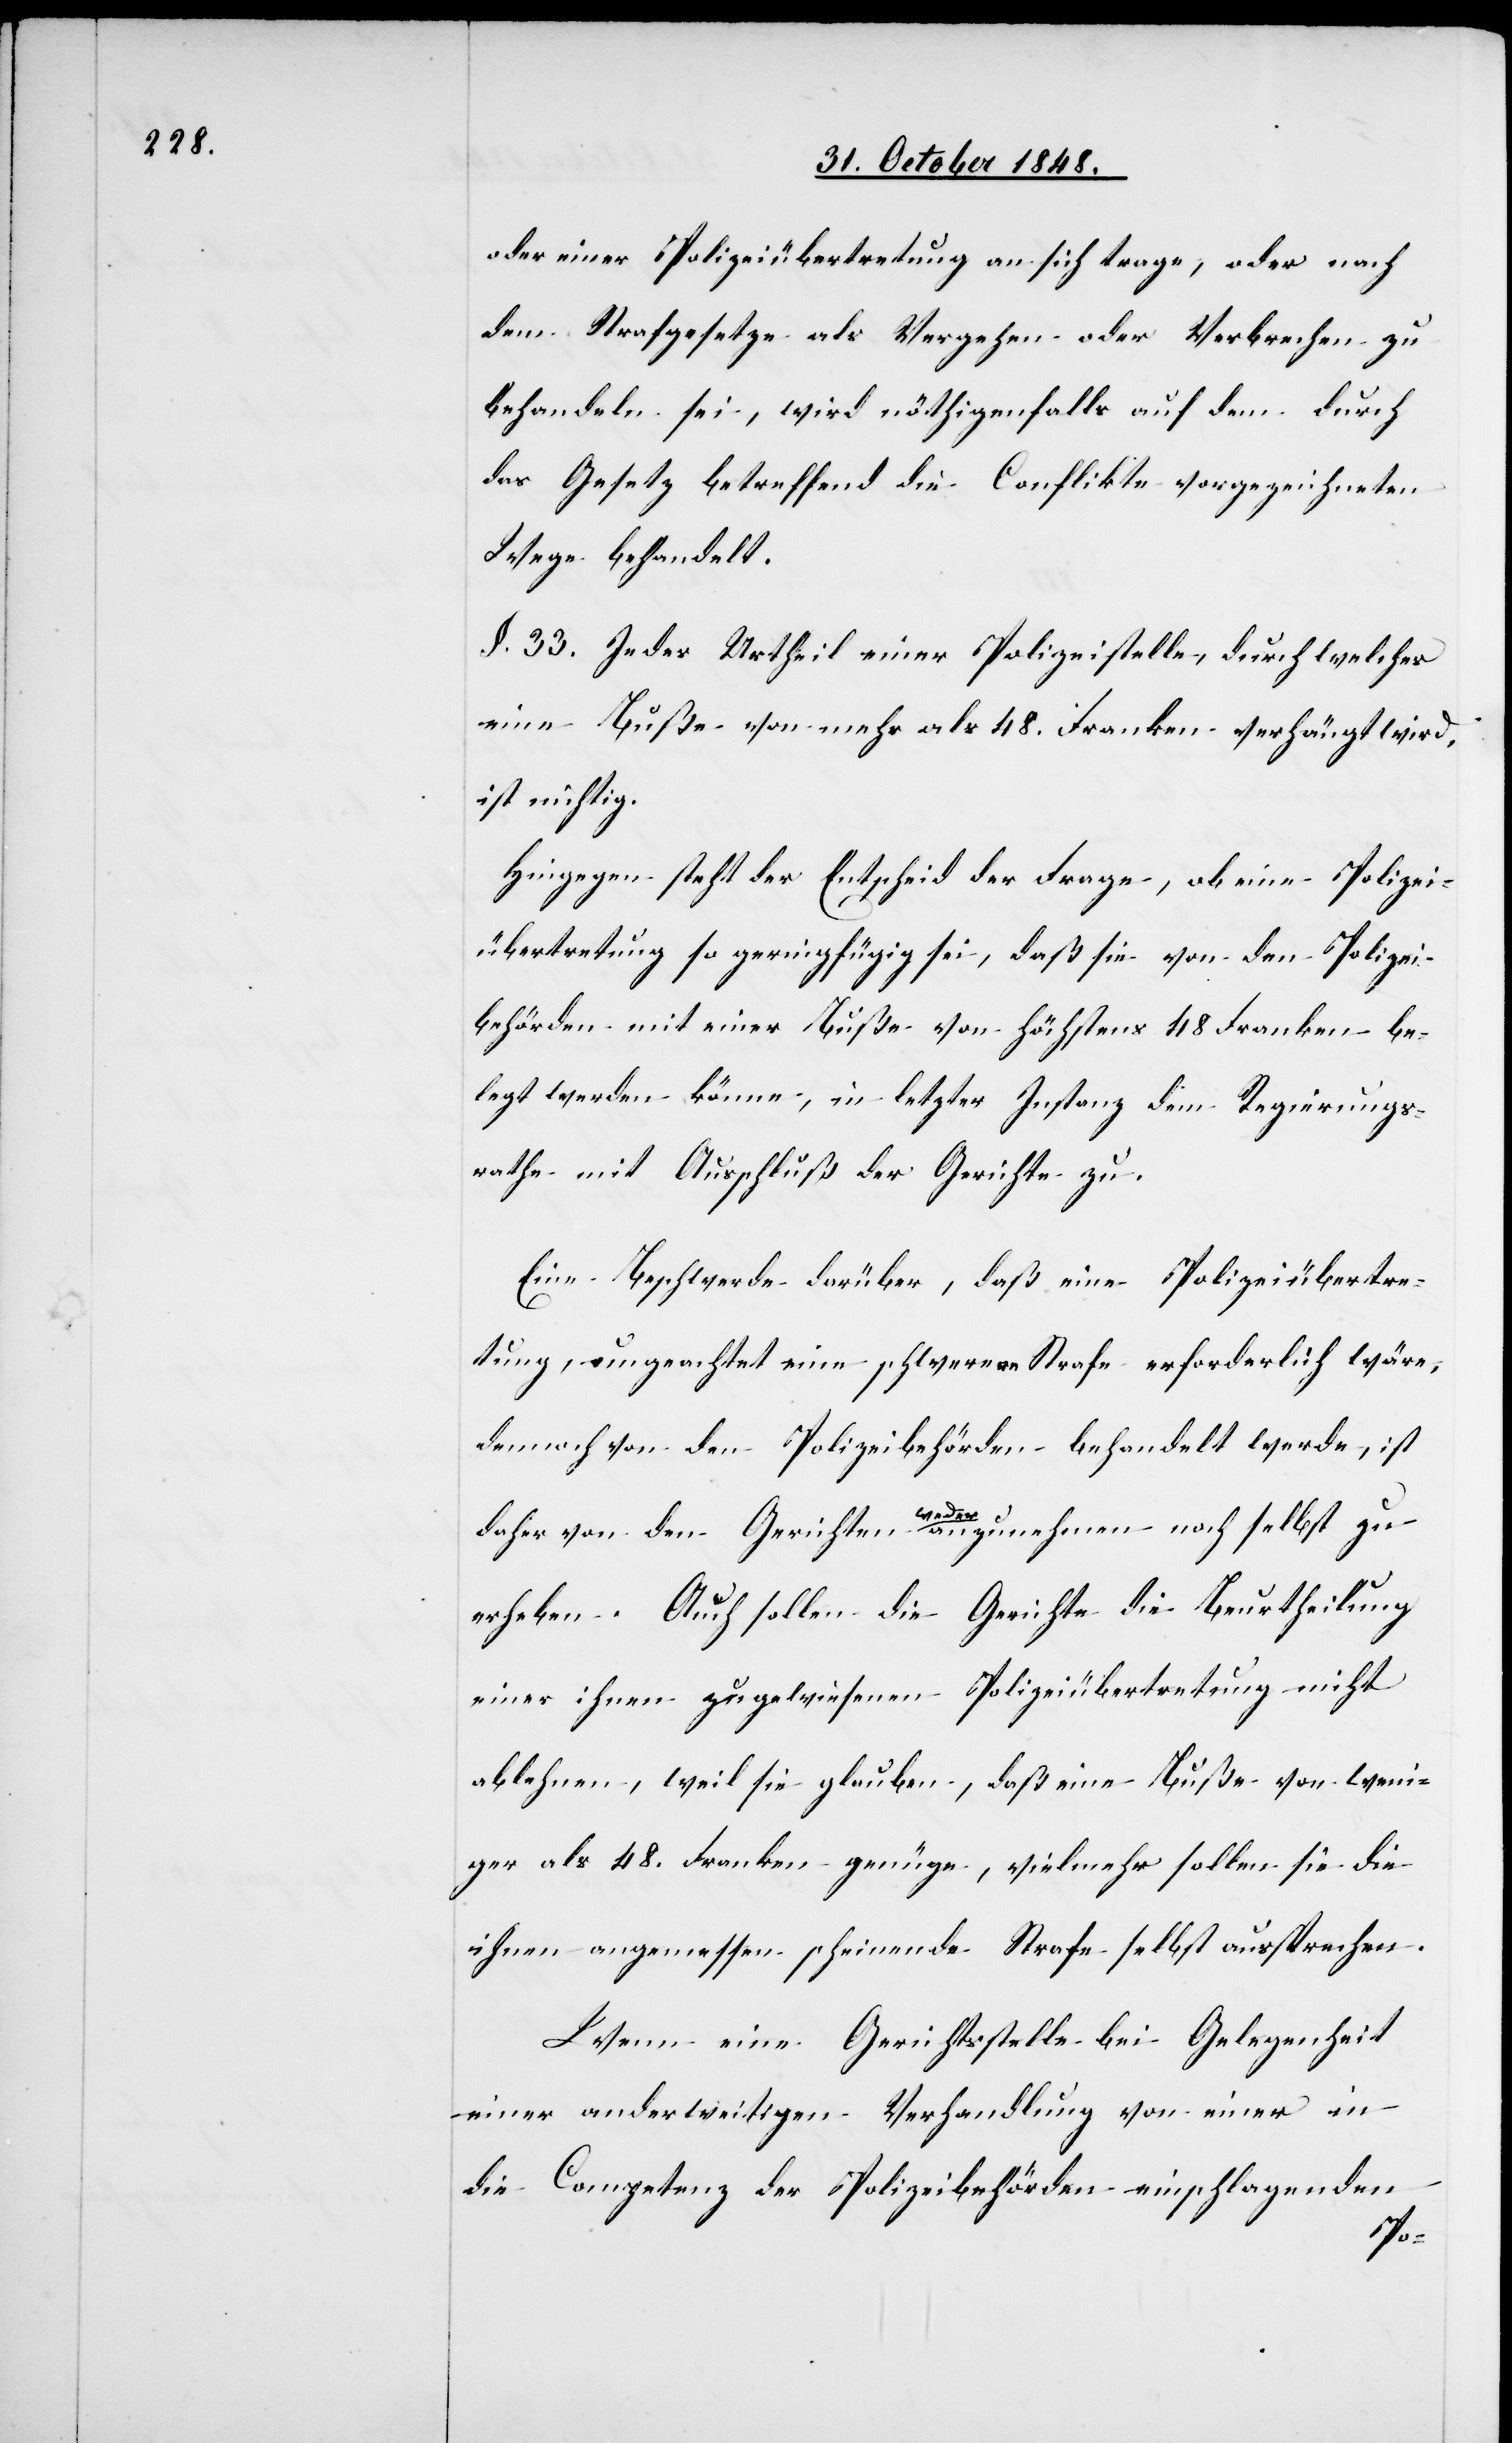
oder einer Polizeiübertretung an sich trage, oder nach
dem Strafgesetze als Vergehen oder Verbrechen zu
behandeln sei, wird nöthigenfalls auf dem durch
das Gesetz betreffend die Conflikte vorgezeichneten
Wege behandelt.
§. 33. Jedes Urtheil einer Polizeistelle, durch welches
eine Buße von mehr als 48. Franken verhängt wird,
ist nichtig.
Hingegen steht der Entscheid der Frage, ob eine Polizei¬
übertretung so geringfügig sei, daß sie von den Polizei¬
behörden mit einer Buße von höchstens 48. Franken be¬
legt werden könne, in letzter Instanz dem Regierungs¬
rathe mit Ausschluß der Gerichte zu.
Eine Beschwerde darüber, daß eine Polizeiübertre¬
tung, ungeachtet eine schwere Strafe erforderlich wäre,
dennoch von den Polizeibehörden behandelt werde, ist
daher von den Gerichte weder anzunehmen noch selbst zu
erheben. Auch sollen die Gerichte die Beurtheilung
einer ihnen zugewiesenen Polizeiübertretung nicht
ablehnen, weil sie glauben, daß eine Buße von weni¬
ger als 48. Franken genüge, vielmehr sollen sie die
ihnen angemessen scheinende Strafe selbst aussprechen.
Wenn eine Gerichtsstelle bei Gelegenheit
einer anderweitigen Verhandlung von einer in
die Competenz der Polizeibehörden einschlagenden